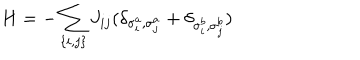
H = - \sum _ { \{ i , j \} } J _ { i j } ( \delta _ { \sigma _ { i } ^ { a } , \sigma _ { j } ^ { a } } + \delta _ { \sigma _ { i } ^ { b } , \sigma _ { j } ^ { b } } )